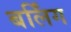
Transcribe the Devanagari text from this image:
बर्लिंग